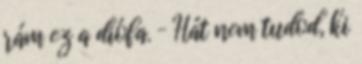
rám ez a diófa. – Hát nem tudod, ki